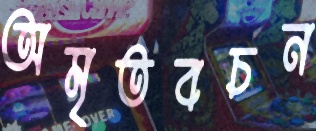
অমৃতবচন